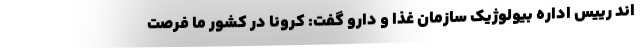
اند رییس اداره بیولوژیک سازمان غذا و دارو گفت: کرونا در کشور ما فرصت